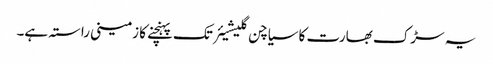
یہ سڑک بھارت کا سیاچن گلیشیئر تک پہنچنے کا زمینی راستہ ہے۔